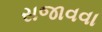
સજાવવા